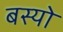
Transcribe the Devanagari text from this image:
बस्‍यो